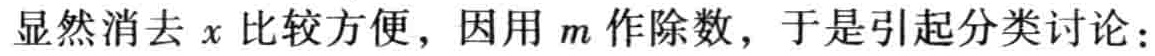
显然消去 \(x\) 比较方便，因用 \(m\) 作除数，于是引起分类讨论：